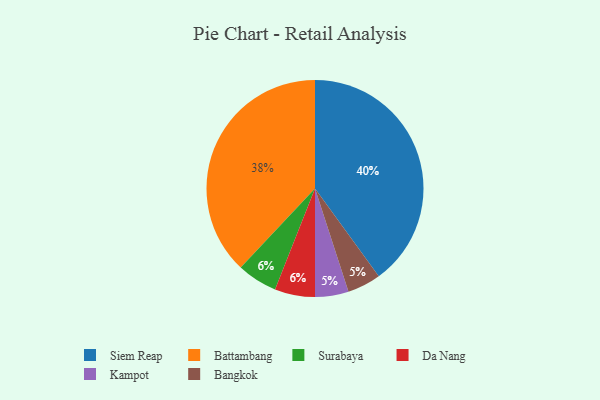
{"axis": {"x": "Category", "y": "Percentage"}, "legend": ["Bangkok", "Battambang", "Da Nang", "Kampot", "Siem Reap", "Surabaya"], "data": [{"x": "Surabaya", "y": 6, "type": "Surabaya"}, {"x": "Battambang", "y": 38, "type": "Battambang"}, {"x": "Kampot", "y": 5, "type": "Kampot"}, {"x": "Da Nang", "y": 6, "type": "Da Nang"}, {"x": "Bangkok", "y": 5, "type": "Bangkok"}, {"x": "Siem Reap", "y": 40, "type": "Siem Reap"}]}